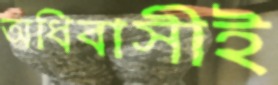
অধিবাসীই